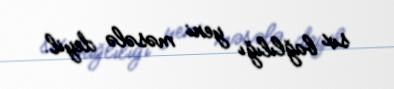
sıx bağlılığı yeni məsələ deyil.